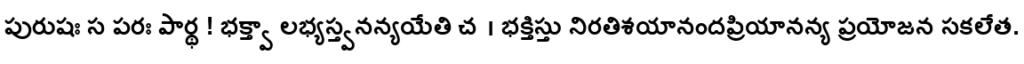
పురుషః స పరః పార్థ ! భక్త్వా లభ్యస్త్వనన్యయేతి చ । భక్తిస్తు నిరతిశయానందప్రియానన్య ప్రయోజన సకలేత.